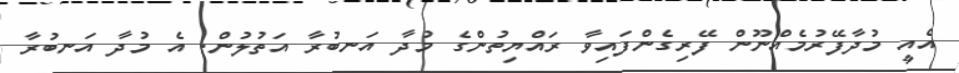
އެއީ މުދާފޭރުމެއްނޫން ފޭރިގެންފައިވާ ރައްޔިތުންގެ މުދާ އަނބުރާ އަތުލުން. އެ މުދާ އަނބުރާ